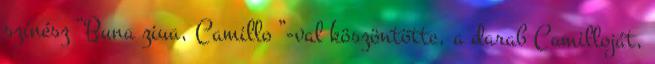
színész “Buna ziua, Camillo ”-val köszöntötte, a darab Camilloját,